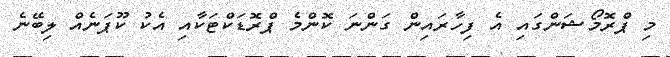
މި ޕްރޮމޯޝަންގައި އެ ފިހާރައިން ގަންނަ ކޮންމެ ޕްރޮޑަކްޓަކާއި އެކު ކޫޕަނެއް ލިބޭނެ